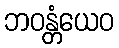
ဘဝန္တံယေဝ